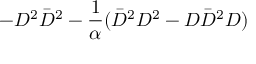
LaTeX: - D ^ { 2 } \bar { D } ^ { 2 } - { \frac { 1 } { \alpha } } ( \bar { D } ^ { 2 } D ^ { 2 } - D \bar { D } ^ { 2 } D )